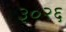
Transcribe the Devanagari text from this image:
३०२६